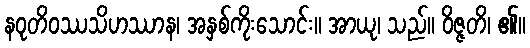
နဝုတိဝဿသိဟဿာန၊ အနှစ်ကိုးသောင်း။ အာယု၊ သည်။ ဝိဇ္ဇတိ၊ ၏။